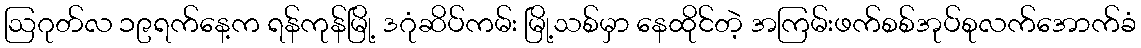
ဩဂုတ်လ ၁၉ရက်နေ့က ရန်ကုန်မြို့ ဒဂုံဆိပ်ကမ်း မြို့သစ်မှာ နေထိုင်တဲ့ အကြမ်းဖက်စစ်အုပ်စုလက်အောက်ခံ